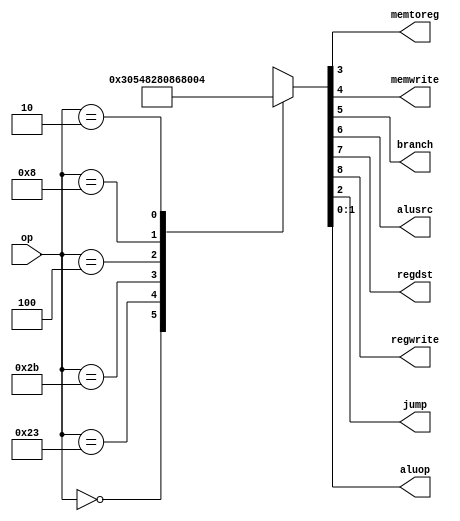
module maindec(input [5:0] op,
output memtoreg, memwrite,
output branch, alusrc,
output regdst, regwrite,
output jump,
output [1:0] aluop
);
reg [8:0] controls;
assign {regwrite, regdst, alusrc,
    branch, memwrite,
    memtoreg, jump, aluop} = controls;
always @ (*)
case(op)
    6'b000000: controls <= 9'b110000010; //Rtyp
    6'b100011: controls <= 9'b101001000; //LW
    6'b101011: controls <= 9'b001010000; //SW
    6'b000100: controls <= 9'b000100001; //BEQ
    6'b001000: controls <= 9'b101000000; //ADDI
    6'b000010: controls <= 9'b000000100; //J
default: controls <= 9'bxxxxxxxxx; //???
endcase
endmodule